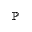
\mathbb { P }